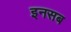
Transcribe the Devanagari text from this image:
इनसब